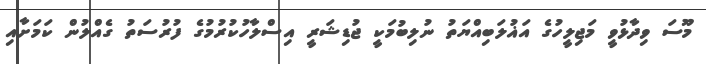
މޫސަ ވިދާޅުވީ މަޖިލީހުގެ އަޣުލަބިއްޔަތު ނުލިބުމަކީ ޖުޑިޝަރީ އިސްލާހުކުރުމުގެ ފުރުސަތު ގެއްލުން ކަމަށާއި